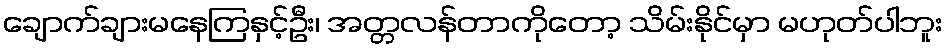
ချောက်ချားမနေကြနှင့်ဦး၊ အတ္တလန်တာကိုတော့ သိမ်းနိုင်မှာ မဟုတ်ပါဘူး